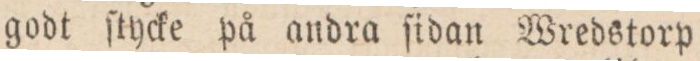
godt ſtycke på andra ſidan Wredstorp